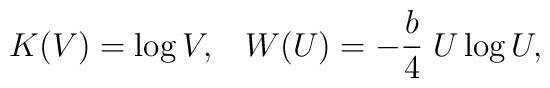
K(V) = \log V, \;\;\; W(U) = - {b \over 4} \; U \log U ,